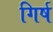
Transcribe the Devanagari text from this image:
गिर्ष